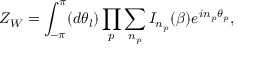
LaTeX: Z _ { W } = \int _ { - \pi } ^ { \pi } ( d \theta _ { l } ) \prod _ { p } \sum _ { n _ { p } } I _ { n _ { p } } ( \beta ) e ^ { i n _ { p } { \theta } _ { p } } ,